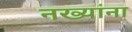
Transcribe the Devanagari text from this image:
नख्यांना